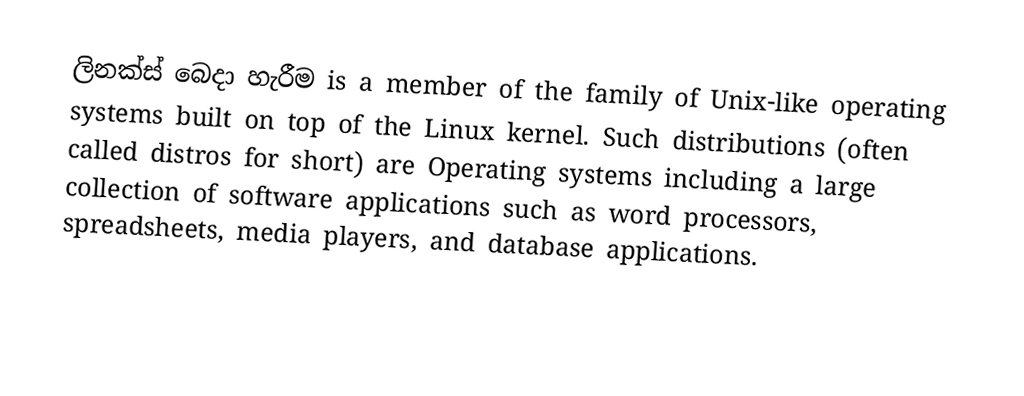
ලිනක්ස් බෙදා හැරීම is a member of the family of Unix-like operating systems built on top of the Linux kernel. Such distributions (often called distros for short) are Operating systems including a large collection of software applications such as word processors, spreadsheets, media players, and database applications.